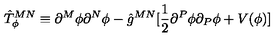
\hat { T } _ { \phi } ^ { M N } \equiv \partial ^ { M } \phi \partial ^ { N } \phi - \hat { g } ^ { M N } [ \frac { 1 } { 2 } \partial ^ { P } \phi \partial _ { P } \phi + V ( \phi ) ]